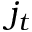
j _ { t }